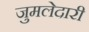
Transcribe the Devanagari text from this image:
जुमलेदारी